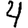
Digit: 4